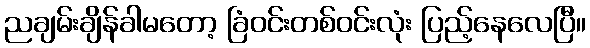
ညချမ်းချိန်ခါမတော့ ခြံဝင်းတစ်ဝင်းလုံး ပြည့်နေလေပြီ။